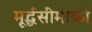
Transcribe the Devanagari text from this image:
मूर्द्धसीमाको